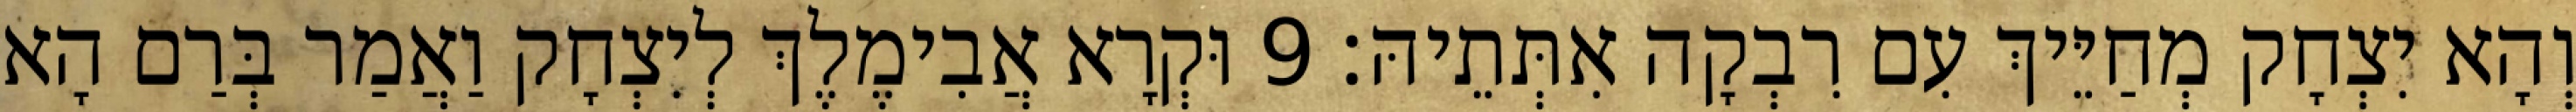
וְהָא יִצְחָק מְחַיֵּיךְ עִם רִבְקָה אִתְּתֵיהּ׃ 9 וּקְרָא אֲבִימֶלֶךְ לְיִצְחָק וַאֲמַר בְּרַם הָא